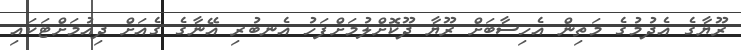
ރޫޔާގެ އެދުމުގެ މަތިން އެހިސާބަށް ރޫޔާ ދޫކޮށްލުމަށްފަހު އެނބުރި އޭނާގެ ގެއަށް ދިއުމަށްޓަކައި